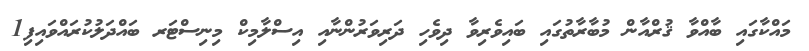
މައްކާގައި ބާއްވާ ޤުރްއާން މުބާރާތުގައި ބައިވެރިވާ ދިވެހި ދަރިވަރުންނާއި އިސްލާމިކް މިނިސްޓަރ ބައްދަލުކުރައްވައިފި1